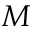
M